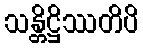
သန္တိဋ္ဌိဿတိပိ